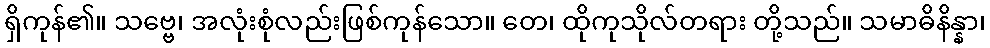
ရှိကုန်၏။ သဗ္ဗေ၊ အလုံးစုံလည်းဖြစ်ကုန်သော။ တေ၊ ထိုကုသိုလ်တရား တို့သည်။ သမာဓိနိန္နာ၊